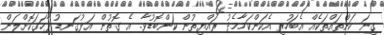
ގިނަ ކަންތައްތަކެއް އެބަހުރި އެކަންކަމާމެދު ރައްޔިތުން ކަންބޮޑުވާ. އެ ގޮތުން އަޅުގަނޑު ފާހަގަކޮށްލަން